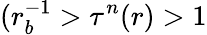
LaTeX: (r_{b}^{-1}>\tau^{n}(r)>1